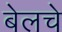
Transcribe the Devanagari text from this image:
बेलचे